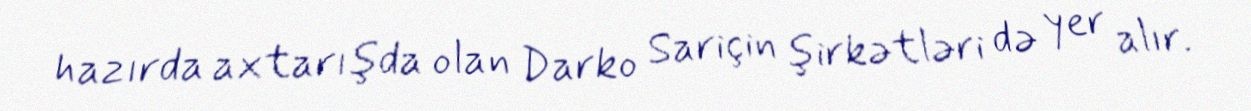
hazırda axtarışda olan Darko Sariçin şirkətləri də yer alır.